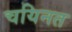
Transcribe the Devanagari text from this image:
चयिनत